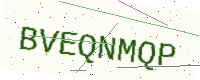
Text: BVEQNMQP